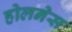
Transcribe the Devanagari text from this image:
होलनेस